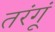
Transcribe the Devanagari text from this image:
तरंगूं